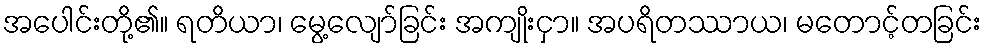
အပေါင်းတို့၏။ ရတိယာ၊ မွေ့လျော်ခြင်း အကျိုးငှာ။ အပရိတဿာယ၊ မတောင့်တခြင်း